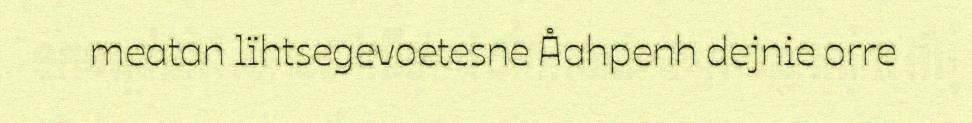
meatan lïhtsegevoetesne Åahpenh dejnie orre